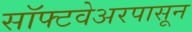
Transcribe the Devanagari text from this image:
सॉफ्टवेअरपासून